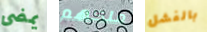
يمضى ملكهم بالفشل